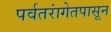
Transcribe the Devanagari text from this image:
पर्वतरांगेतपासून